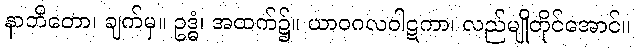
နာဘိတော၊ ချက်မှ။ ဥဒ္ဓံ၊ အထက်၌။ ယာဝဂလဝါဋကာ၊ လည်မျိုတိုင်အောင်။